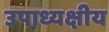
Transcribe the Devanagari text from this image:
उपाध्यक्षीय